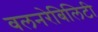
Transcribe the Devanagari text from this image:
वलनरेबिलिटी